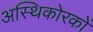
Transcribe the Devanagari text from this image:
अस्थिकोरकों